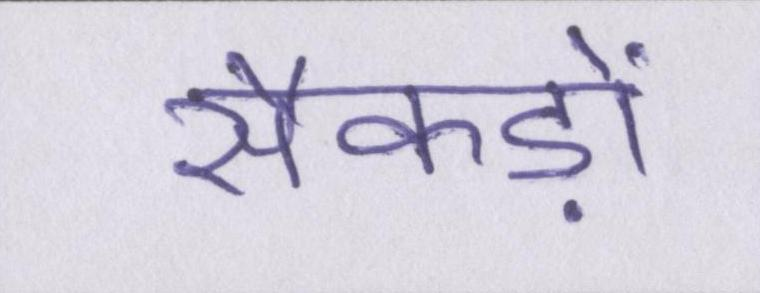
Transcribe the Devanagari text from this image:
सैकड़ों